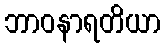
ဘာဝနာရတိယာ